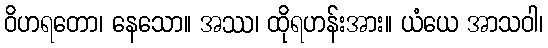
ဝိဟရတော၊ နေသော။ အဿ၊ ထိုရဟန်းအား။ ယံယေ အာသဝါ၊